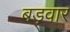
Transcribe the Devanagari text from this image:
बड़वार